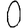
Digit: 0